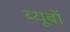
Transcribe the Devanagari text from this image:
ब्यूबों